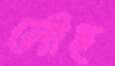
লৌহ